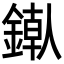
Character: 𬫶